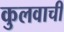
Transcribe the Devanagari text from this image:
कुलवाची